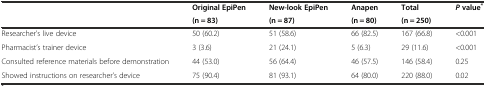
<table><thead><tr><td></td><td><b>Original EpiPen</b></td><td><b>New-look EpiPen</b></td><td><b>Anapen</b></td><td><b>Total</b></td><td><b><i>P</i>value<sup>*</sup></b></td></tr><tr><td></td><td><b>(n = 83)</b></td><td><b>(n = 87)</b></td><td><b>(n = 80)</b></td><td><b>(n = 250)</b></td><td></td></tr></thead><tbody><tr><td>Researcher’s live device</td><td>50 (60.2)</td><td>51 (58.6)</td><td>66 (82.5)</td><td>167 (66.8)</td><td>&lt;0.001</td></tr><tr><td>Pharmacist’s trainer device</td><td>3 (3.6)</td><td>21 (24.1)</td><td>5 (6.3)</td><td>29 (11.6)</td><td>&lt;0.001</td></tr><tr><td>Consulted reference materials before demonstration</td><td>44 (53.0)</td><td>56 (64.4)</td><td>46 (57.5)</td><td>146 (58.4)</td><td>0.25</td></tr><tr><td>Showed instructions on researcher’s device</td><td>75 (90.4)</td><td>81 (93.1)</td><td>64 (80.0)</td><td>220 (88.0)</td><td>0.02</td></tr></tbody></table>